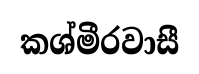
කශ්මීරවාසී